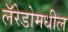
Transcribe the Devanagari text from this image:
लॅरेडोमधील